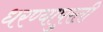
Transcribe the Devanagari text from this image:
धरण्यापुरती